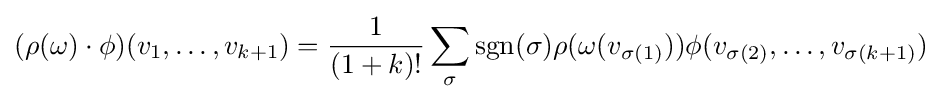
(\rho (\omega )\cdot \phi )(v_{1},\dots ,v_{k+1})={1 \over (1+k)!}\sum _{\sigma }\operatorname {sgn} (\sigma )\rho (\omega (v_{\sigma (1)}))\phi (v_{\sigma (2)},\dots ,v_{\sigma (k+1)})